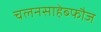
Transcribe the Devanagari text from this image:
चलनसाहेब्फौज